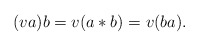
\begin{align*}(va)b=v(a*b)=v(ba).\end{align*}